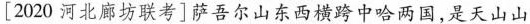
[2020河北廊坊联考]萨吾尔山东西横跨中哈两国，是天山山